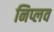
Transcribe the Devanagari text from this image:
निप्लव